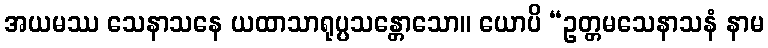
အယမဿ သေနာသနေ ယထာသာရုပ္ပသန္တောသော။ ယောပိ “ဥတ္တမသေနာသနံ နာမ